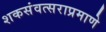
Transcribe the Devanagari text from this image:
शकसंवत्सराप्रमाणे